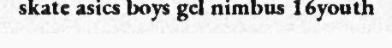
skate asics boys gel nimbus 16youth